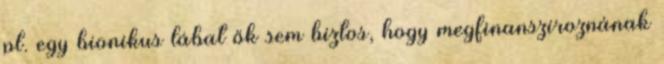
pl. egy bionikus lábat ők sem biztos, hogy megfinanszíroznának